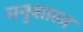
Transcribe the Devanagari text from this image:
मनुशास्त्र